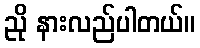
ညို နားလည်ပါတယ်။